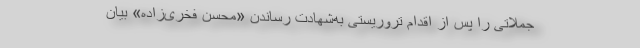
جملاتی را پس از اقدام تروریستی به‌شهادت رساندن «محسن فخری‌زاده» بیان